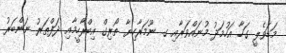
މަޑަވެލީ ގަހާ އަހުމަދު މުނައްވަރާއި ގ. ނޫމަރާހިޔާ ތޯރިގް އިބްރާހީމާއި ދަފްތަރު ނަންބަރު